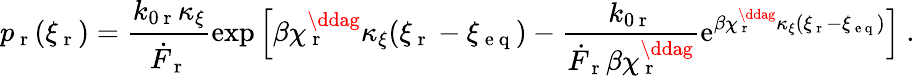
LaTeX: p_{\mathrm{~r~}}(\xi_{\mathrm{~r~}})=\frac{k_{0\mathrm{~r~}}\kappa_{\xi}}{\dot{F}_{\mathrm{~r~}}}\exp{\Big[\beta\chi_{\mathrm{~r~}}^{\ddag}\kappa_{\xi}(\xi_{\mathrm{~r~}}-\xi_{\mathrm{~e~q~}})-\frac{k_{0\mathrm{~r~}}}{\dot{F}_{\mathrm{~r~}}\beta\chi_{\mathrm{~r~}}^{\ddag}}\mathrm{e}^{\beta\chi_{\mathrm{~r~}}^{\ddag}\kappa_{\xi}(\xi_{\mathrm{~r~}}-\xi_{\mathrm{~e~q~}})}\Big]}~.